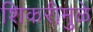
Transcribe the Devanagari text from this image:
शिकरीमुळे